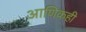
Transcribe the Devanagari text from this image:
आणिकही